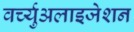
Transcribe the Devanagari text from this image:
वर्च्युअलाइजेशन